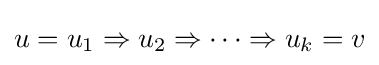
u=u_{1}\Rightarrow u_{2}\Rightarrow \cdots \Rightarrow u_{k}=v